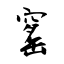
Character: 窰